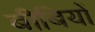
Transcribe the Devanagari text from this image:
बीबियों